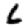
Digit: 6